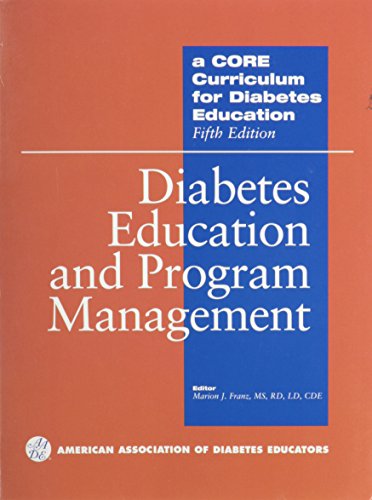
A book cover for A Core Curriculum for Diabetes Education: Diabetes Education And Program Management; American Association of Diabetes Educators; Health, Fitness & Dieting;